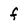
Character: f